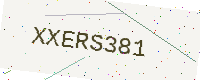
Text: XXERS381